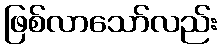
ဖြစ်လာသော်လည်း